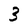
Character: 3